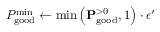
P _ { \mathrm { g o o d } } ^ { \mathrm { m i n } } \leftarrow \mathrm { m i n } \left( \mathbf { P } _ { \mathrm { g o o d } } ^ { > 0 } , 1 \right) \cdot \epsilon ^ { \prime }